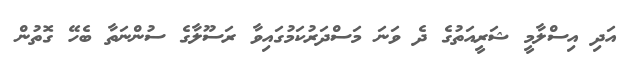
އަދި އިސްލާމީ ޝަރީއަތުގެ ދެ ވަނަ މަސްދަރުކަމުގައިވާ ރަސޫލާގެ ސުންނަތާ ބެހޭ ގޮތުން